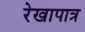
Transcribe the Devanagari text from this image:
रेखापात्र